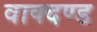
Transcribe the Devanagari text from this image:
वाक्दण्ड